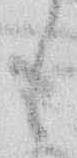
も